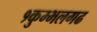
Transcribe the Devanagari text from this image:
१कुम्भलगढ